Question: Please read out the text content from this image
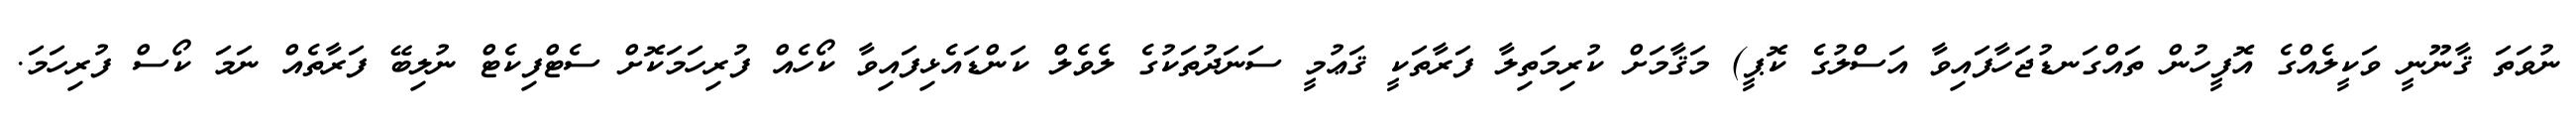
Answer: ނުވަތަ ޤާނޫނީ ވަކީލެއްގެ އޮފީހުން ތައްގަނޑުޖަހާފައިވާ އަސްލުގެ ކޮޕީ) މަޤާމަށް ކުރިމަތިލާ ފަރާތަކީ ޤަޢުމީ ސަނަދުތަކުގެ ލެވެލް ކަންޑައެޅިފައިވާ ކޯހެއް ފުރިހަމަކޮށް ސެޓްފިކެޓް ނުލިބޭ ފަރާތެއް ނަމަ ކޯސް ފުރިހަމަ.